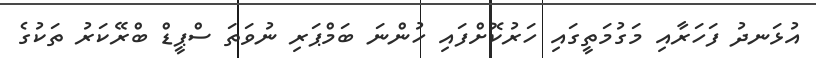
އުޅަނދު ފަހަރާއި މަގުމަތީގައި ހަރުކޮށްފައި ހުންނަ ބަމްޕަރި ނުވަތަ ސްޕީޑް ބްރޭކަރު ތަކުގެ